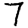
Digit: 7